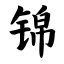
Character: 锦